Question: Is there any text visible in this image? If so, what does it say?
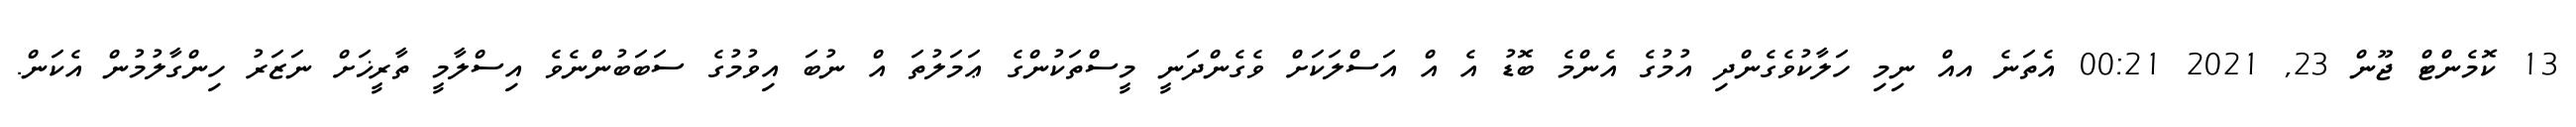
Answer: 13 ކޮމެންޓް ޖޫން 23, 2021 00:21 އެތަނެ އއް ނިމި ހަލާކުވެގެންދި އުމުގެ އެންމެ ބޮޑު އެ އް އަސްލަކަށް ވެގެންދަނީ މީސްތަކުންގެ ޢަމަލުތަ އް ނުބަ އިވުމުގެ ސަބަބުންނެވެ އިސްލާމީ ތާރީޚަށް ނަޒަރު ހިންގާލުމުން އެކަން.